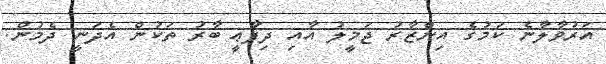
އަރުވާލާނެ ކަމުގެ އިންޒާރު ޖަމީލު އާއި ދިފާޢީ ބާރު ތަކުން އެދަނީ ދެމުން.